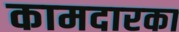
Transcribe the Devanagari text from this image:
कामदारका